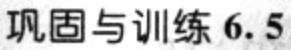
巩固与训练 6.5